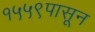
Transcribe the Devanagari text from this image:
१५५९पासून